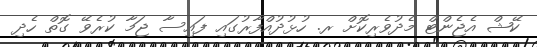
ކޭޝް އެޖެންޓް މެދުވެރިކޮށް ރ. ހުޅުދުއްފާރުގައި ފައިސާ ޖަމާ ކުރެވޭ ގޮތް ހެދި